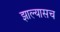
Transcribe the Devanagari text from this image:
झाल्यासच